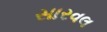
સારવલ